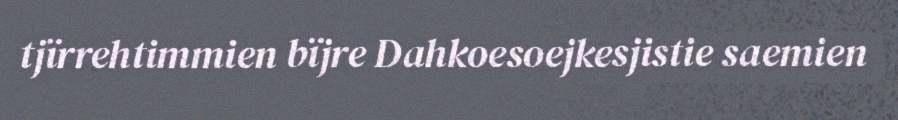
tjïrrehtimmien bïjre Dahkoesoejkesjistie saemien